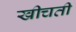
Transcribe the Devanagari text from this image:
खीचती